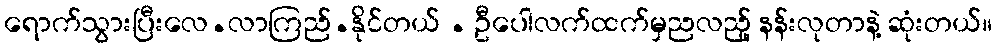
ရောက်သွားပြီးလေ.လာကြည်.နိုင်တယ် . ဦပေါလက်ထက်မှညလည်ူ နန်းလုတာနဲ့ ဆုံးတယ်။